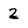
Character: 2